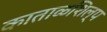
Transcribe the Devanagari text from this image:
काताळशिल्प